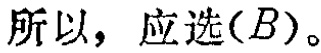
所以，应选\((B)\)。